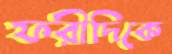
ফরীদিকে